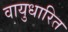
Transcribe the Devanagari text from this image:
वायुधारित